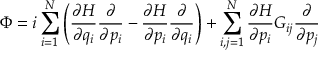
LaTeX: \Phi = i \sum _ { i = 1 } ^ { N } \left( { \frac { \partial H } { \partial q _ { i } } } { \frac { \partial } { \partial p _ { i } } } - { \frac { \partial H } { \partial p _ { i } } } { \frac { \partial } { \partial q _ { i } } } \right) + \sum _ { i , j = 1 } ^ { N } { \frac { \partial H } { \partial p _ { i } } } G _ { i j } { \frac { \partial } { \partial p _ { j } } }